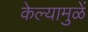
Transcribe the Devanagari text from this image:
केल्यामुळें